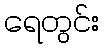
ရေတွင်း